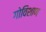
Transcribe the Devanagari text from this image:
गोविशाण